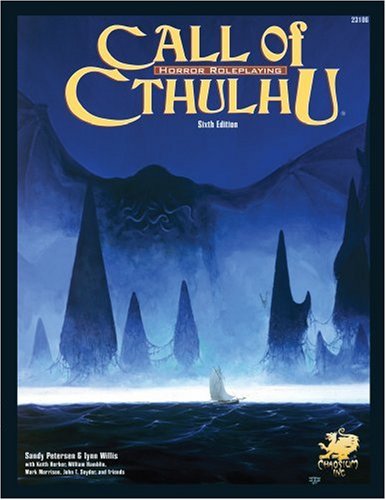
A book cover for Call of Cthulhu: Horror Roleplaying in the Worlds of H. P. Lovecraft, 6th Edition; Sandy Petersen; Science Fiction & Fantasy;